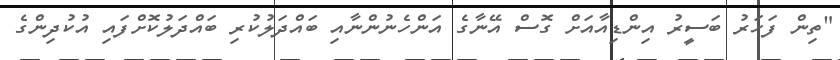
"ތިން ފަހަރު ބަސީރު އިންޑިއާއަށް ގޮސް އޭނާގެ އަންހެނުންނާއި ބައްދަލުކުރި ބައްދަލުކޮށްފައި އުކުދިންގެ